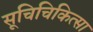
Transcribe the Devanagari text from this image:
सूचिचिकित्सा